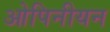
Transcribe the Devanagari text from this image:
ओपिनीयन